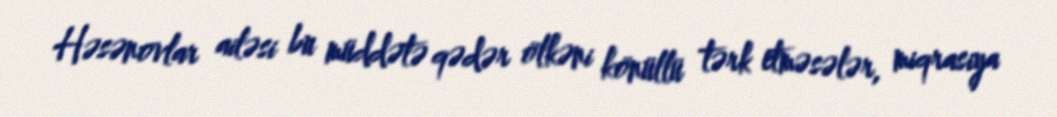
Həsənovlar ailəsi bu müddətə qədər ölkəni könüllü tərk etməsələr, miqrasiya